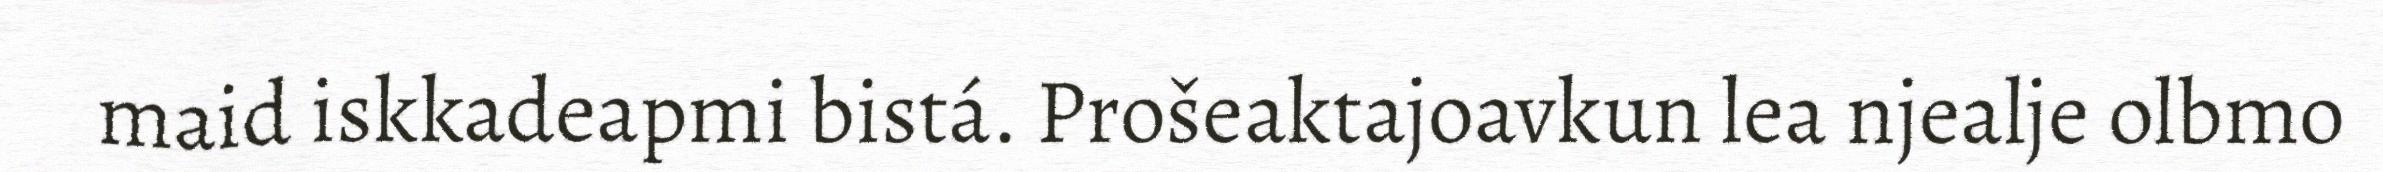
maid iskkadeapmi bistá. Prošeaktajoavkun lea njealje olbmo